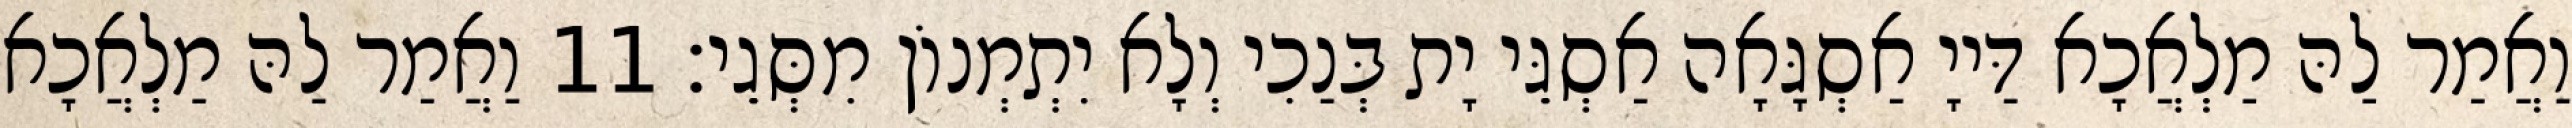
וַאֲמַר לַהּ מַלְאֲכָא דַּייָ אַסְגָּאָה אַסְגֵּי יָת בְּנַכִי וְלָא יִתְמְנוֹן מִסְּגֵי׃ 11 וַאֲמַר לַהּ מַלְאֲכָא